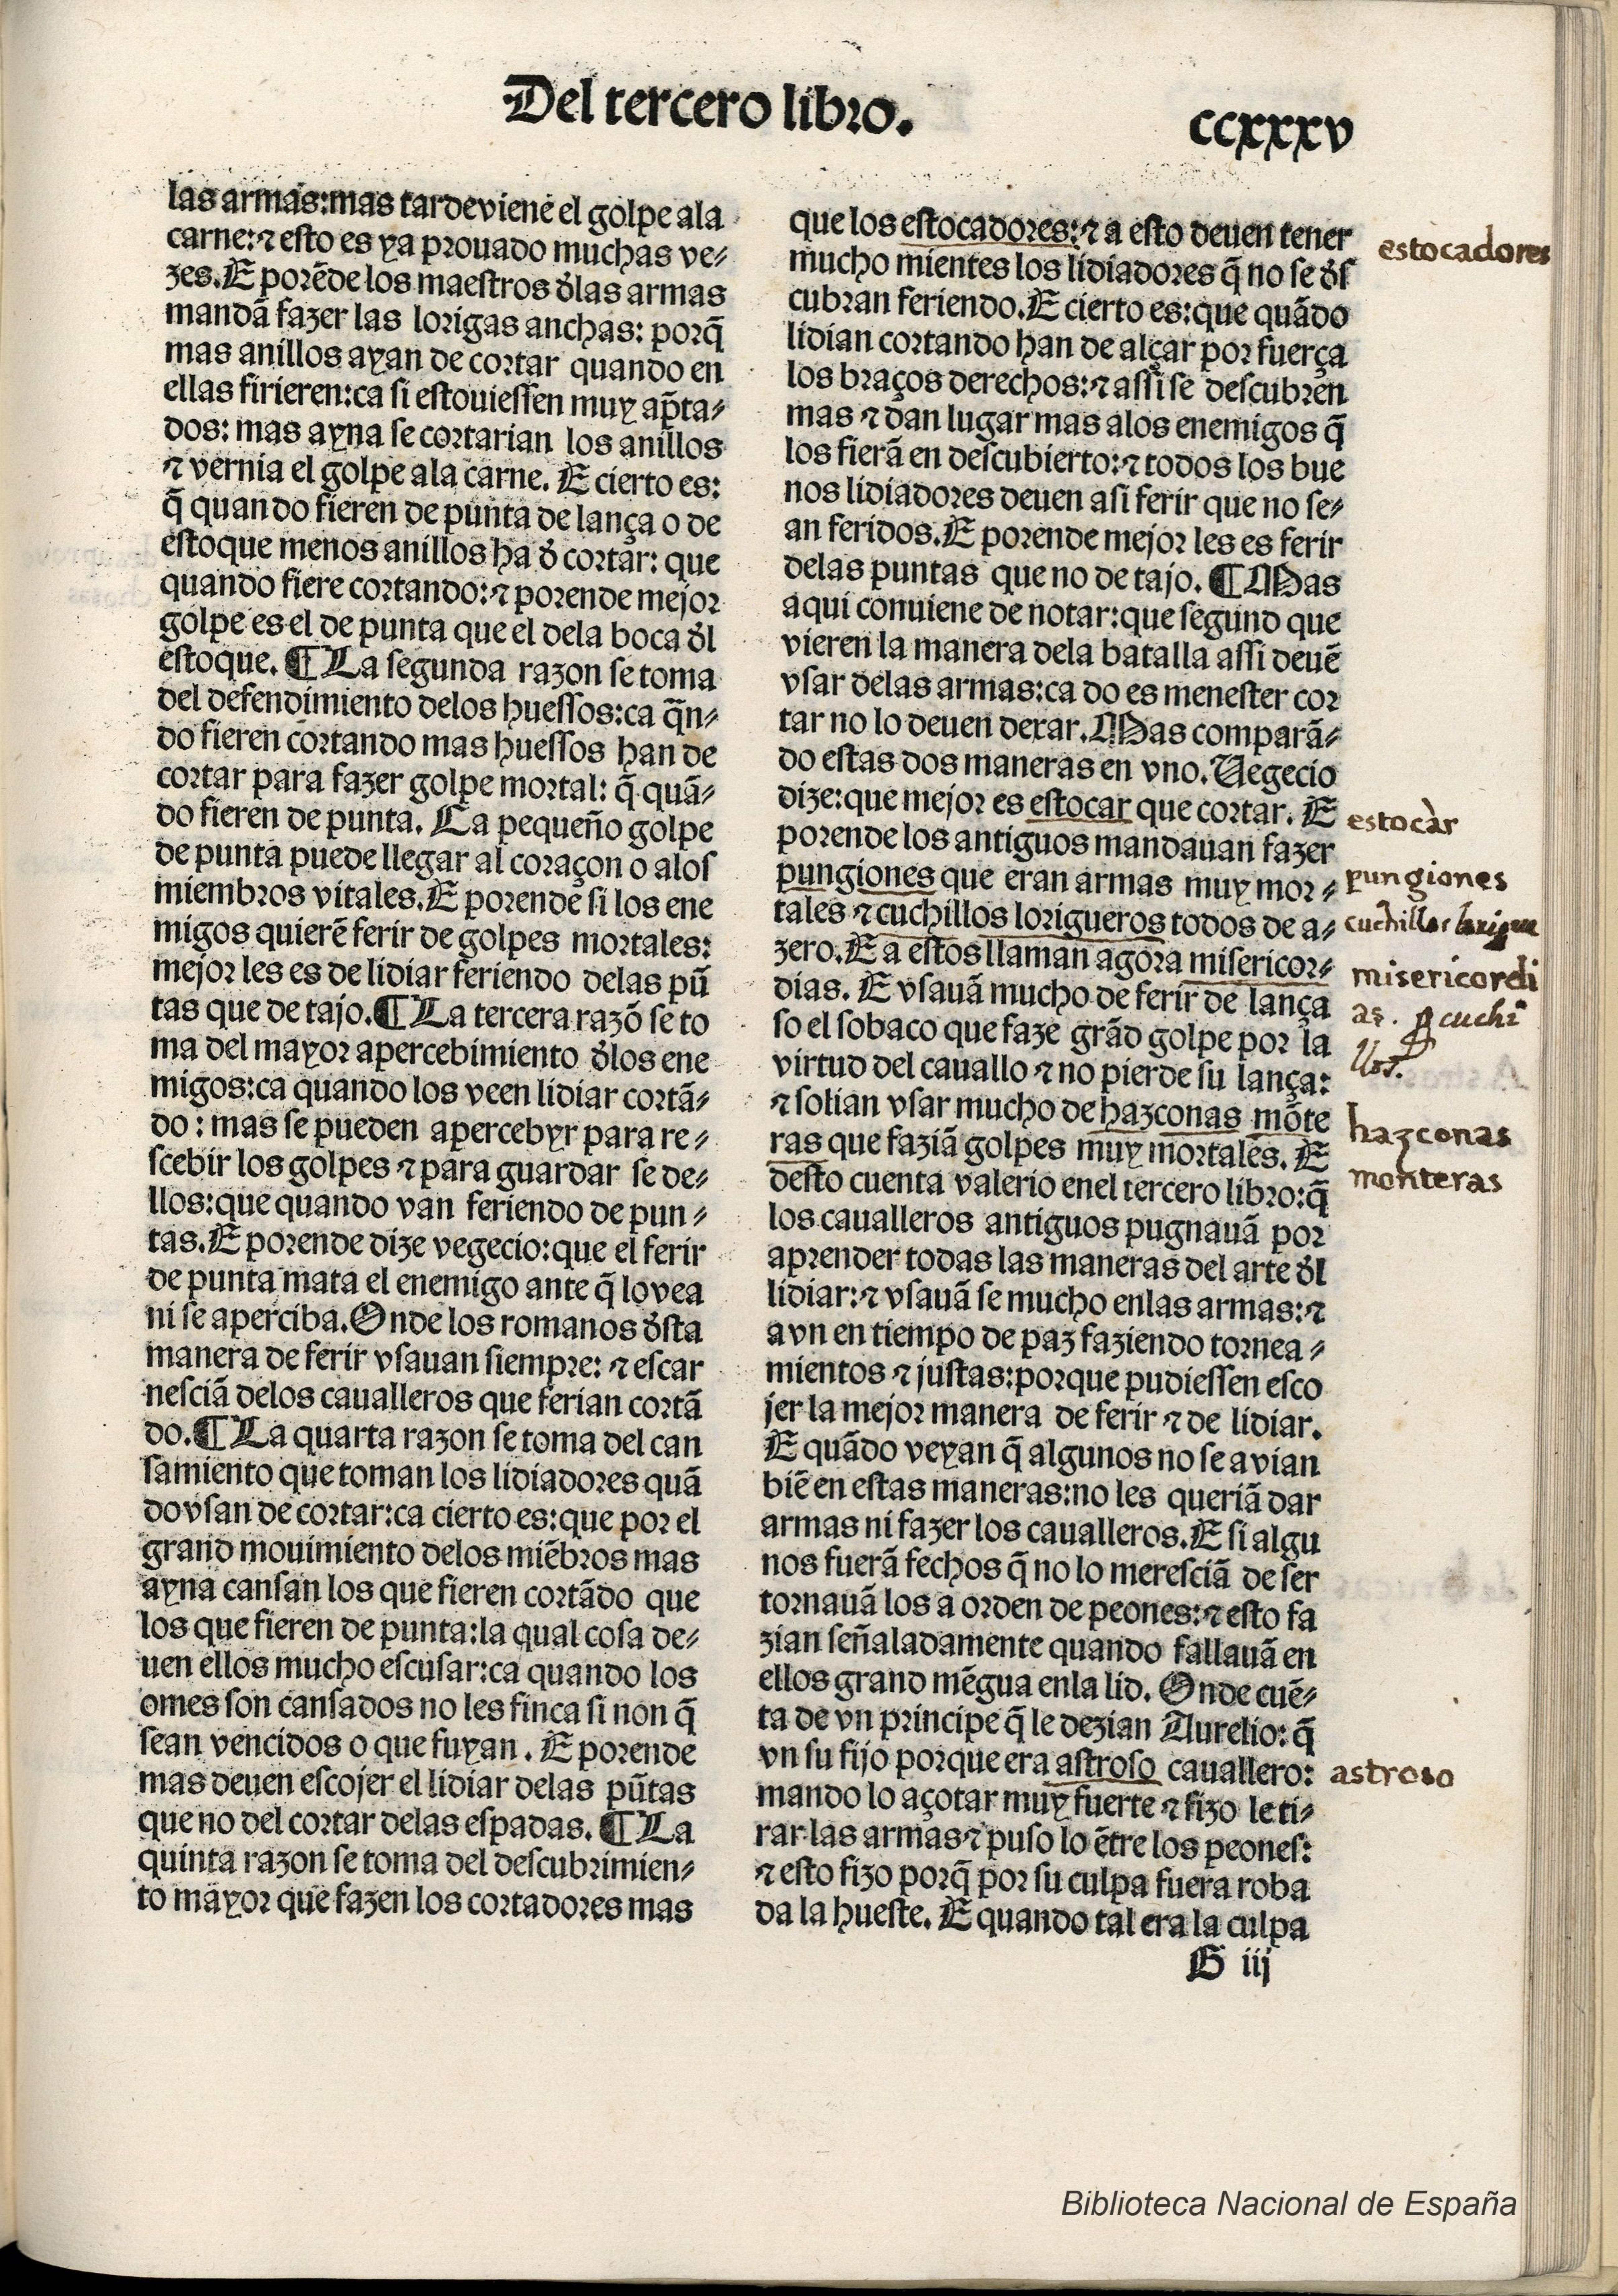
Shelfmark: Madrid, BNE, Inc. 901
Century: 15